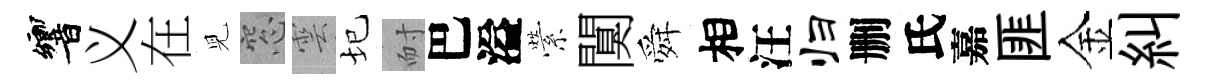
響义在児窓雲圮耐巴溢縈闃舜相汪归删氏嘉匪金糾